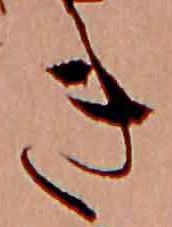
き